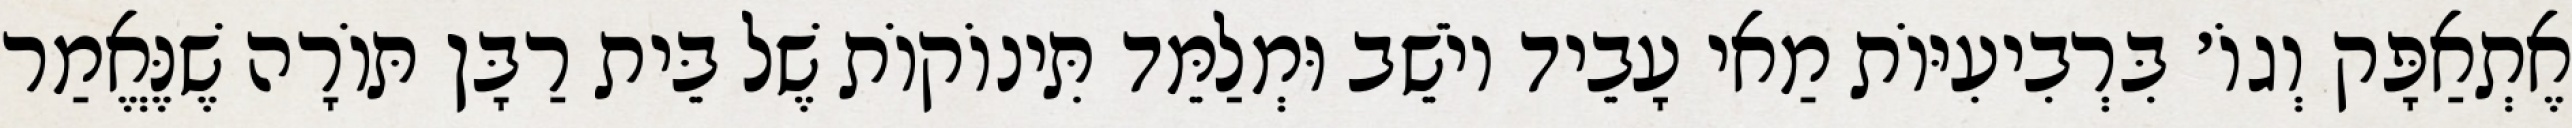
אֶתְאַפָּק וְגוֹ׳ בִּרְבִיעִיּוֹת מַאי עָבֵיד יוֹשֵׁב וּמְלַמֵּד תִּינוֹקוֹת שֶׁל בֵּית רַבָּן תּוֹרָה שֶׁנֶּאֱמַר